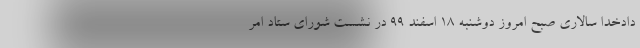
دادخدا سالاری صبح امروز دوشنبه 18 اسفند 99 در نشست شورای ستاد امر